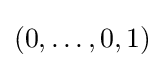
(0,\ldots ,0,1)